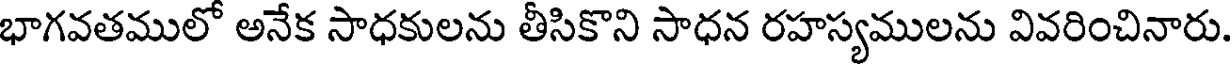
భాగవతములో అనేక సాధకులను తీసికొని సాధన రహస్యములను వివరించినారు.